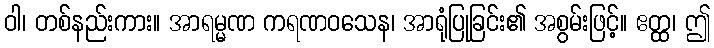
ဝါ၊ တစ်နည်းကား။ အာရမ္မဏ ကရဏဝသေန၊ အာရုံပြုခြင်း၏ အစွမ်းဖြင့်။ ဧတ္ထ၊ ဤ